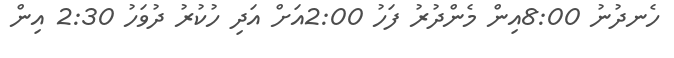
ހެނދުނު 8:00އިން މެންދުރު ފަހު 2:00އަށް އަދި ހުކުރު ދުވަހު 2:30 އިން